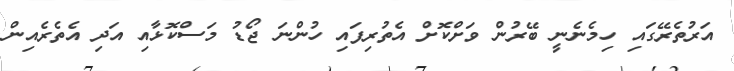
އަރުތެރޭގައި ހިމެނެނީ ބޭރުން ވަށްކޮށް އެތުރިފައި ހުންނަ ޖޯޑު މަސްކޮޅާއި އަދި އެތެރެއިން